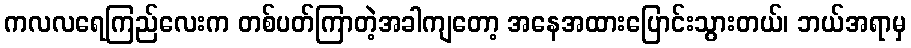
ကလလရေကြည်လေးက တစ်ပတ်ကြာတဲ့အခါကျတော့ အနေအထားပြောင်းသွားတယ်၊ ဘယ်အရာမှ